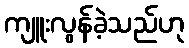
ကျူးလွန်ခဲ့သည်ဟု